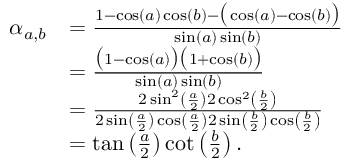
\begin{array} { r l } { \alpha _ { a , b } } & { = \frac { 1 - \cos ( a ) \cos ( b ) - \big ( \cos ( a ) - \cos ( b ) \big ) } { \sin ( a ) \sin ( b ) } } \\ & { = \frac { \big ( 1 - \cos ( a ) \big ) \big ( 1 + \cos ( b ) \big ) } { \sin ( a ) \sin ( b ) } } \\ & { = \frac { 2 \sin ^ { 2 } \left( \frac { a } { 2 } \right) 2 \cos ^ { 2 } \left( \frac { b } { 2 } \right) } { 2 \sin \left( \frac { a } { 2 } \right) \cos \left( \frac { a } { 2 } \right) 2 \sin \left( \frac { b } { 2 } \right) \cos \left( \frac { b } { 2 } \right) } } \\ & { = \tan \left( \frac { a } { 2 } \right) \cot \left( \frac { b } { 2 } \right) . } \end{array}